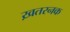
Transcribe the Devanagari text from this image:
ख़तरनक